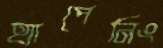
হ্যাপেনিং